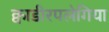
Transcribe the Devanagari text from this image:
क्वाडीरपलेगिया